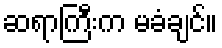
ဆရာကြီးက မခံချင်။